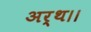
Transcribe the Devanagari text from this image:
अर्थ।।